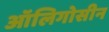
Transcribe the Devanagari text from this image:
ऑलिगोसीन